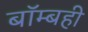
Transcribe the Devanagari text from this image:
बॉम्बही